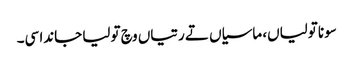
سونا تولیاں، ماسیاں تے رتیاں وچ تولیا جاندا سی۔